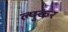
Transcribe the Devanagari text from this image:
ल्युकर